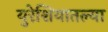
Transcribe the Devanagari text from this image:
युरेशियातल्या